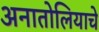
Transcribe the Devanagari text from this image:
अनातोलियाचे